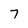
Character: 7